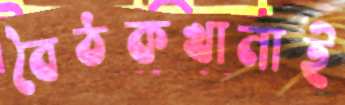
বৈঠকখানাই